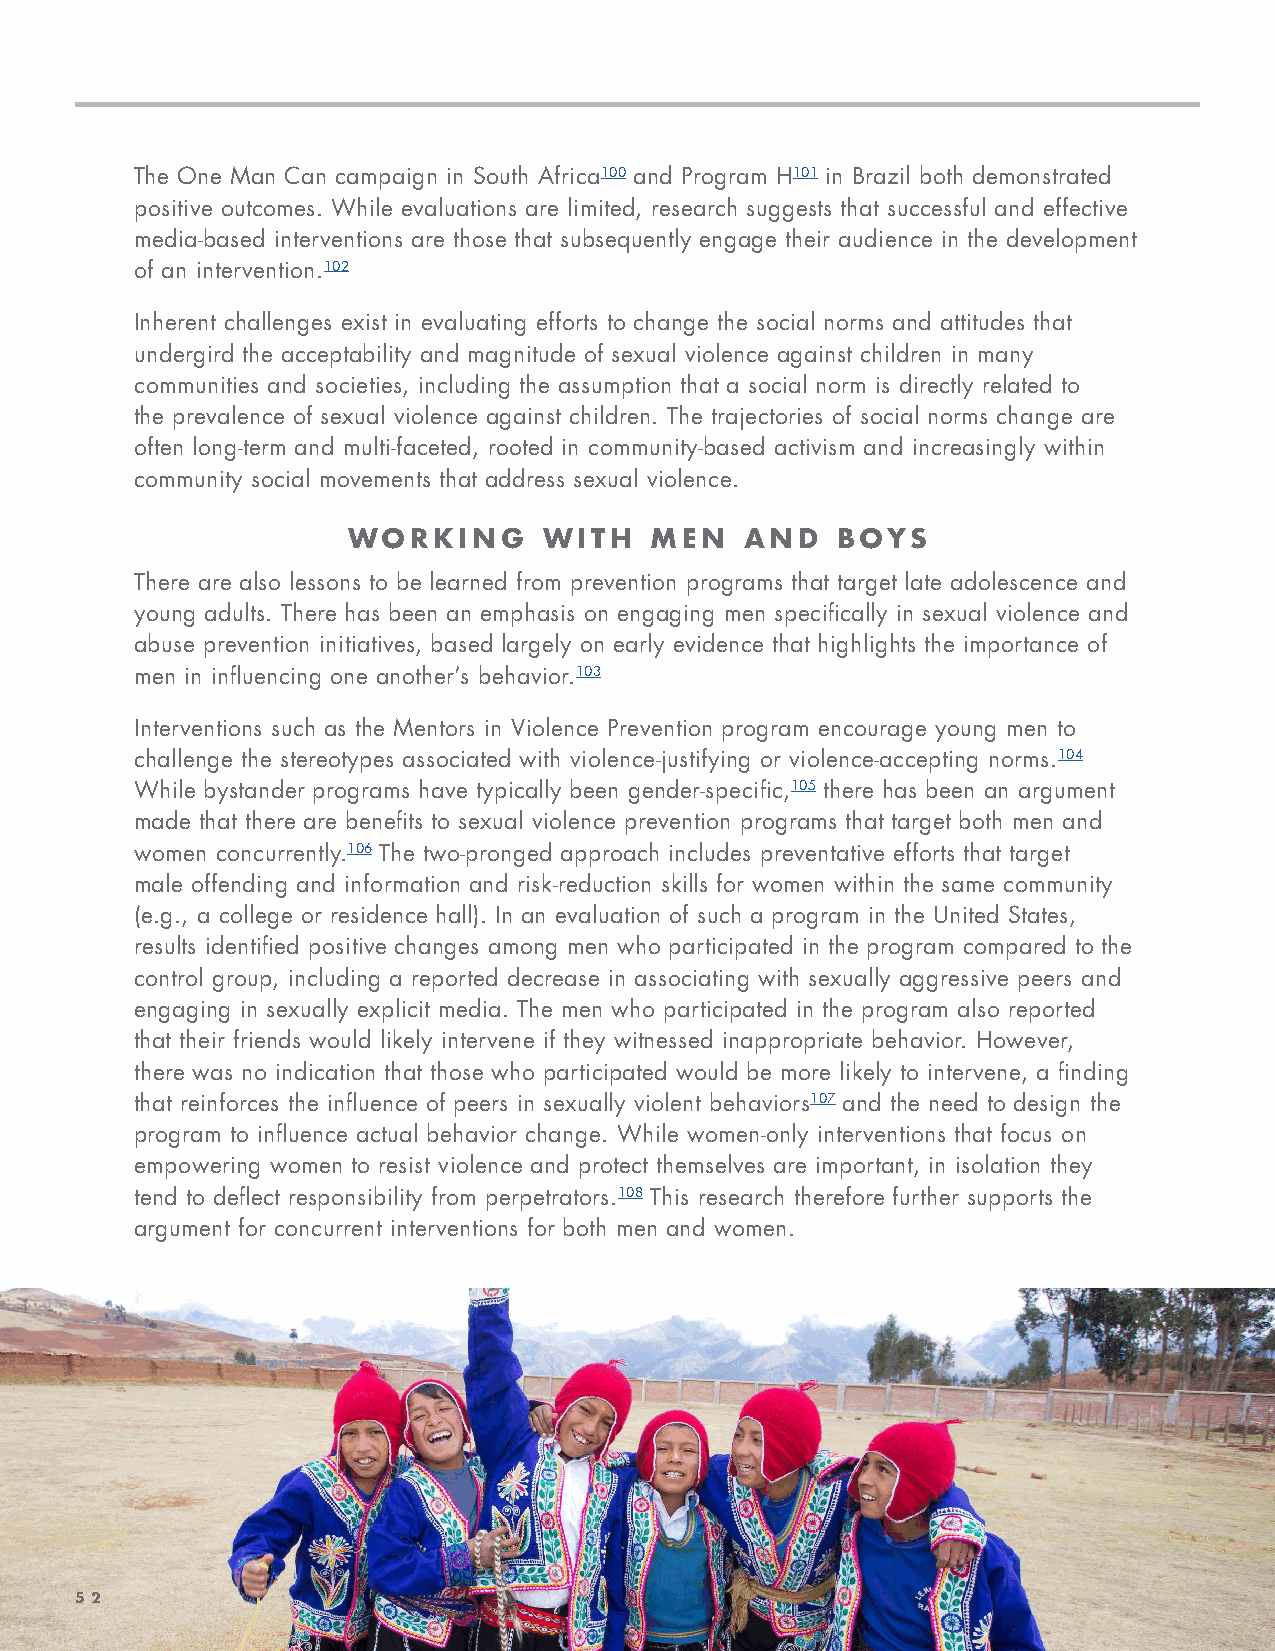
The One Man Can campaign in South Africa100 and Program H101 in Brazil both demonstrated
 positive outcomes. While evaluations are limited, research suggests that successful and effective
 media-based interventions are those that subsequently engage their audience in the development
 of an intervention.102
 Inherent challenges exist in evaluating efforts to change the social norms and attitudes that
 undergird the acceptability and magnitude of sexual violence against children in many
 communities and societies, including the assumption that a social norm is directly related to
 the prevalence of sexual violence against children. The trajectories of social norms change are
 often long-term and multi-faceted, rooted in community-based activism and increasingly within
 community social movements that address sexual violence.
 WORKING      WITH   MEN   AND   BOYS
 There are also lessons to be learned from prevention programs that target late adolescence and
 young adults. There has been an emphasis on engaging men specifically in sexual violence and
 abuse prevention initiatives, based largely on early evidence that highlights the importance of
 men in influencing one another’s behavior.103
 Interventions such as the Mentors in Violence Prevention program encourage young men to
 challenge the stereotypes associated with violence-justifying or violence-accepting norms.104
 While bystander programs have typically been gender-specific,105 there has been an argument
 made that there are benefits to sexual violence prevention programs that target both men and
 women concurrently.106 The two-pronged approach includes preventative efforts that target
 male offending and information and risk-reduction skills for women within the same community
 (e.g., a college or residence hall). In an evaluation of such a program in the United States,
 results identified positive changes among men who participated in the program compared to the
 control group, including a reported decrease in associating with sexually aggressive peers and
 engaging in sexually explicit media. The men who participated in the program also reported
 that their friends would likely intervene if they witnessed inappropriate behavior. However,
 there was no indication that those who participated would be more likely to intervene, a finding
 that reinforces the influence of peers in sexually violent behaviors107 and the need to design the
 program to influence actual behavior change. While women-only interventions that focus on
 empowering women to resist violence and protect themselves are important, in isolation they
 tend to deflect responsibility from perpetrators.108 This research therefore further supports the
 argument for concurrent interventions for both men and women.
 5522